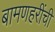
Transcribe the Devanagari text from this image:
बामणहरींची